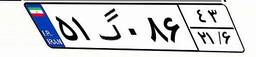
۵۱گ۰۸۶۴۳